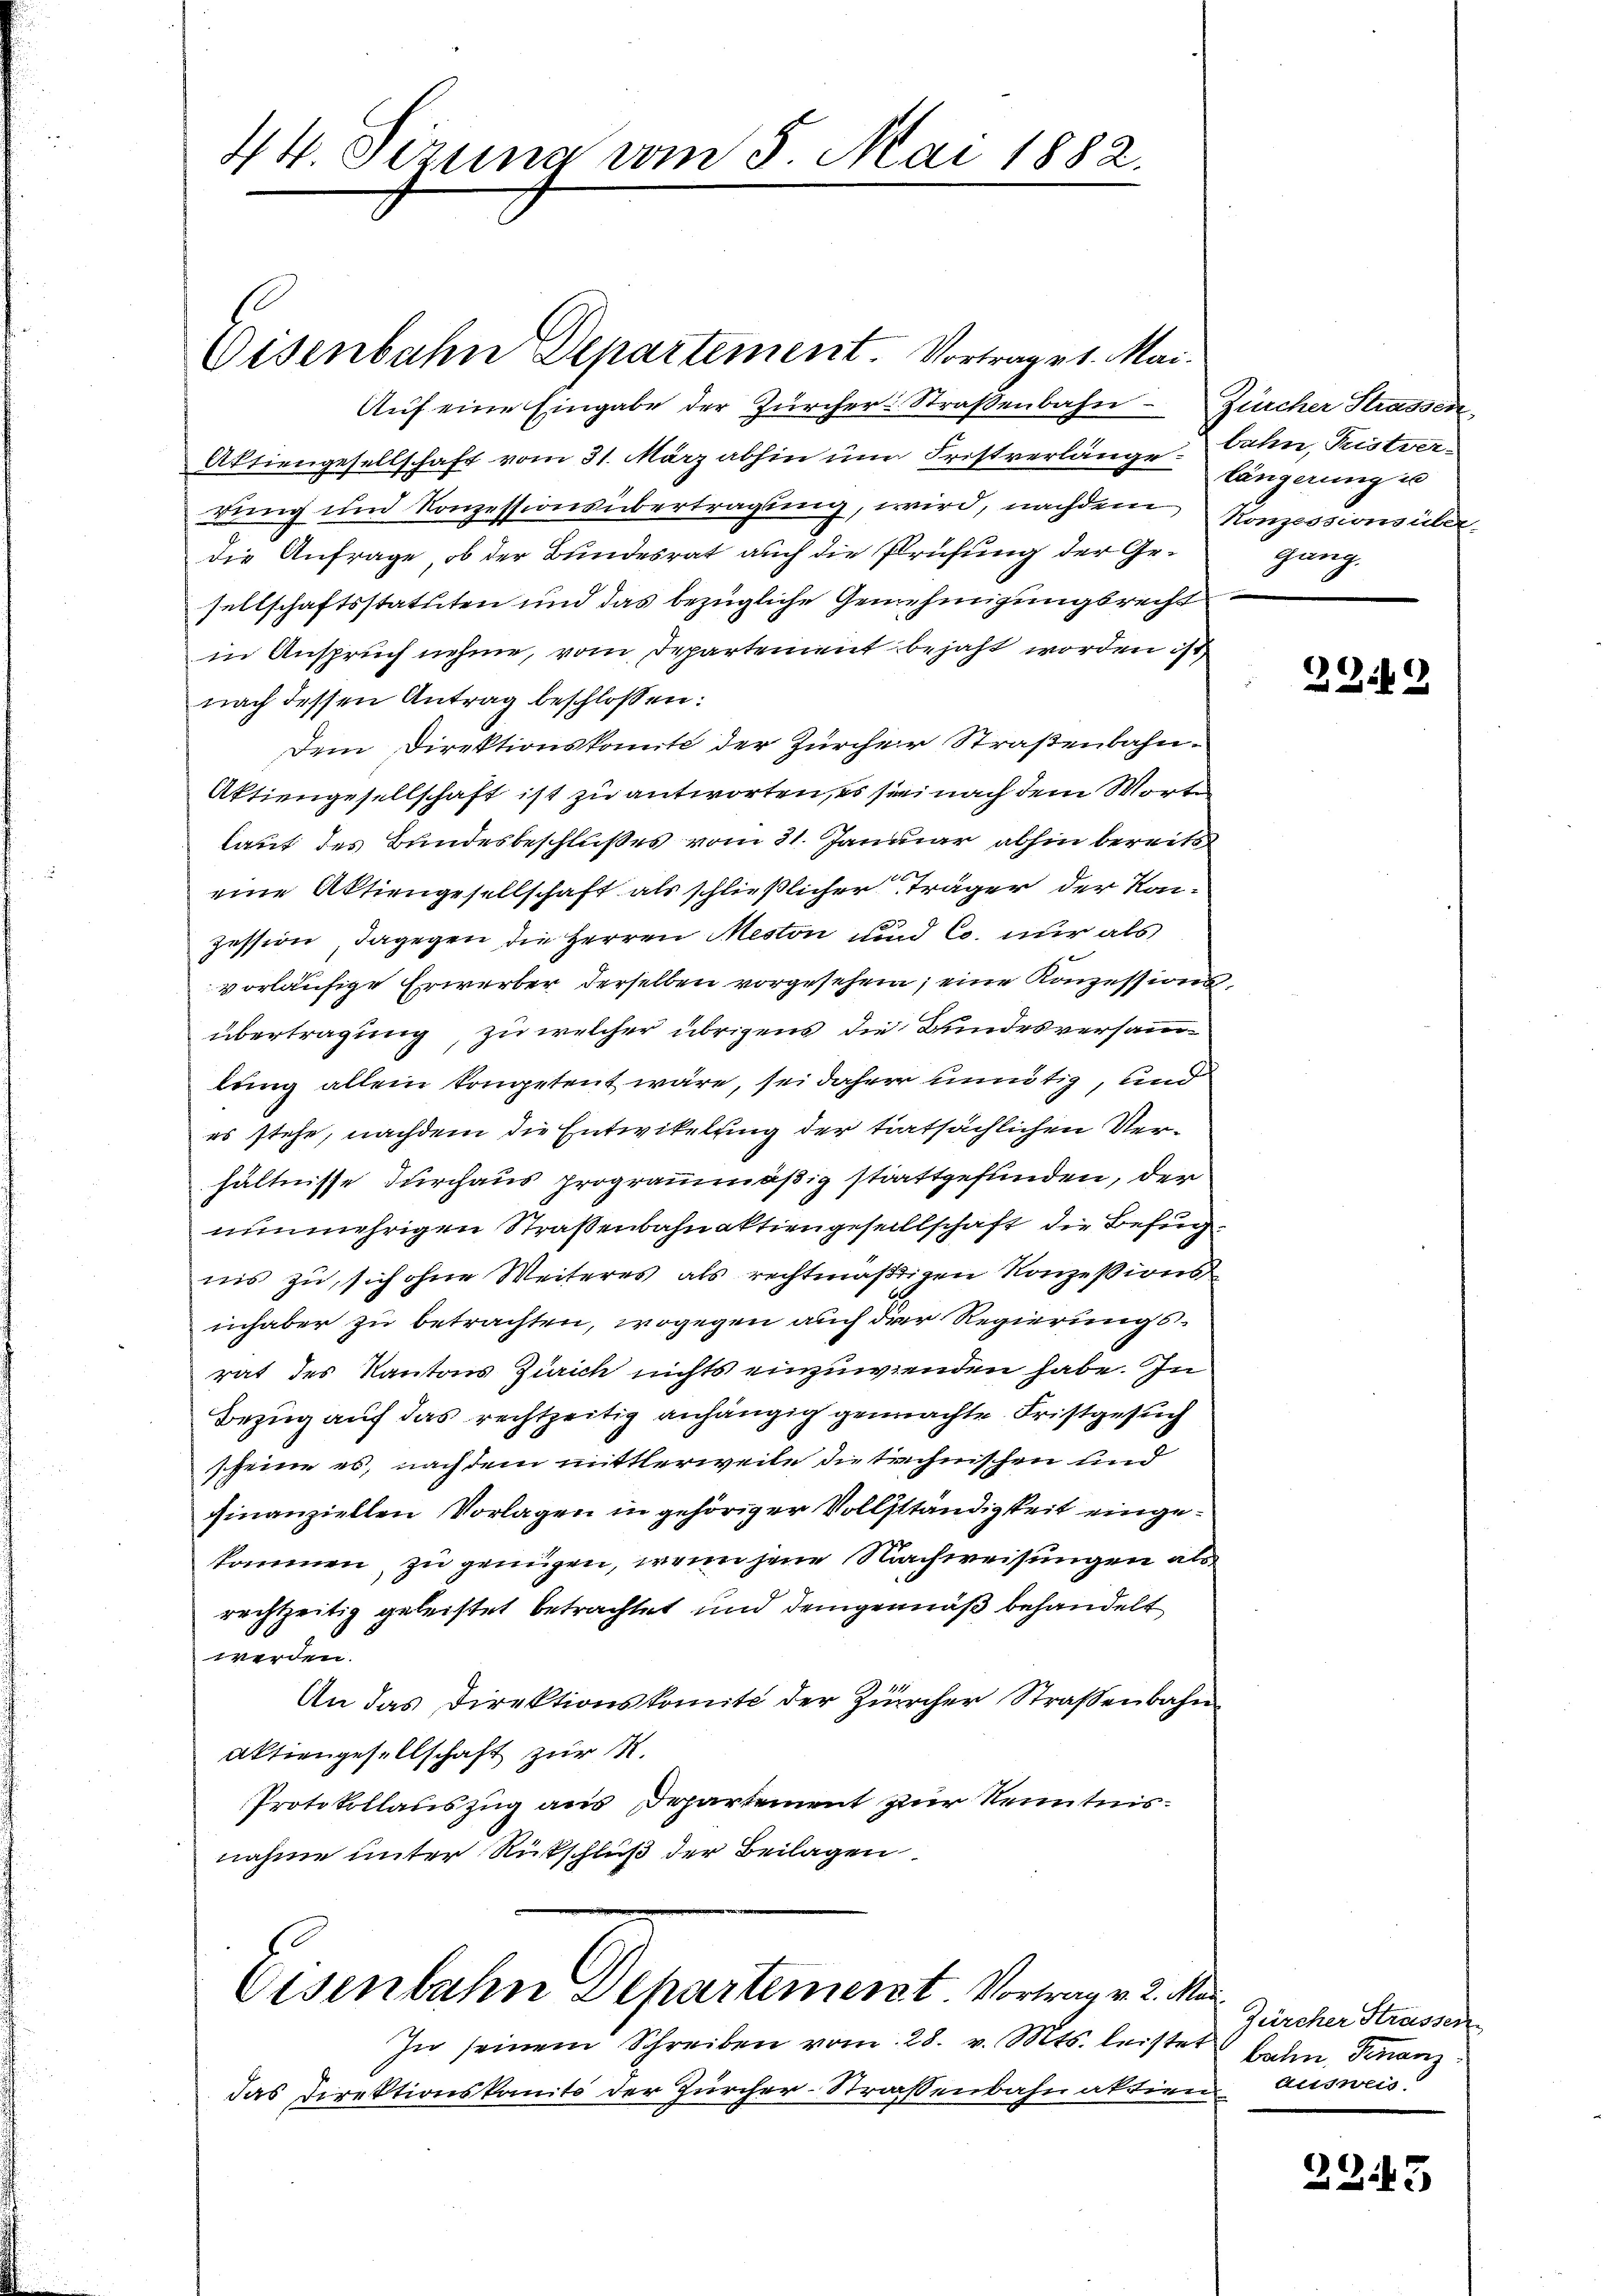
44. Pizuna vom 5. Mai 1882.

Eisenbahn Departement. Vortraget. Mai.

Aŭf eine Eingabe der Zürcher-Straβenbahn Zürcher Strassen
Aktiengesellschaft vom 31. März abhin um Fristverlänge bahn, Fristverdung und Konzessionsübertragung, wird, nachdem Komessions überdie Anfrage, ob der Bundesrat auch die Prüfung der Gesellschaftsstatuten und das bezügliche Genehmigungsrecht
in Anspruch nehme, vom Departement bejaht worden ist
nach dessen Antrag beschlossen:
Dem Direktionskomit der Zürcher Straßenbahn¬
Aktiengesellschaft ist zu antworten, es sei nach dem Worte
laut des Bundesbeschlußes vom 31. Januar abhin bereits
eine Aktiengesellschaft als schließlicher Träger der Kanzession, dagegen die Herren Meston und Co. nur als
vorläufige Erwerber derselben vorgesehen; eine Konzessionsübertragung, zu welcher übrigens die Bundesversammlung allein kompetent wäre, sei daher unnötig, und
es stehe, nachdem die Entwikelung der tatsächlichen Verhältnisse durchaus programmmäßig stattgefunden, der
nunmehrigen Straßenbahnaktiengesellschaft die Befugnis zu, sich ohne Weiteres als rechtmäßigen Konzessionsinhaber zu betrachten, wogegen auch der Regierungsrat des Kantons Zürich nichts einzuwenden habe. In
Bezug auf das rechtzeitig anhängig gemachte Fristgesuch
scheine es, nach dem mittlerweile die technischen und
finanziellen Vorlagen in gehöriger Vollständigkeit eingekommen, zu genügen, wenn jene Nachweisungen als
rechtzeitig geleistet betrachtet und demgemäß behandelt
werden.
An das Direktionskomite der Zürcher Straßenbahn
Aktiengesellschaft zur R.
Protokollauszug aus Departement zur Kenntnis.
nahme unter Rückschluß der Beilagen

Eisenbahn Dehartement Vortrag v. 2. Mai.

In seinem Schreiben vom 28. v. Mts. leistet
das Direktionskanto der Zürcher-Straßenbahnaktien ausweis

längerung u
gung

2949

Zürcher Strassen
balm, Finanz

2245